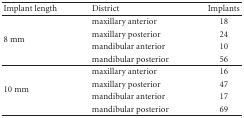
| Implant length | District | Implants |
 | --- | --- | --- |
 | <ROWSPAN=4> 8 mm | maxillary anterior | 18 |
 | maxillary posterior | 24 |
 | mandibular anterior | 10 |
 | mandibular posterior | 56 |
 | <ROWSPAN=4> 10 mm | maxillary anterior | 16 |
 | maxillary posterior | 47 |
 | mandibular anterior | 17 |
 | mandibular posterior | 69 |